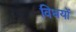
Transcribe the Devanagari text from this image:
विधयों